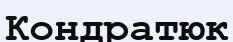
Кондратюк